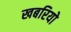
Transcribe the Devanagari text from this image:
खबरियो